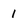
Character: 1